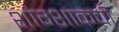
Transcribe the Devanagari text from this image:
शांग्शाकची